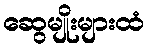
ဆွေမျိုးများထံ